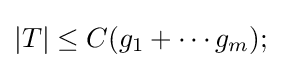
|T|\leq C(g_{1}+\cdots g_{m});